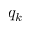
q _ { k }